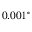
0 . 0 0 1 ^ { \circ }